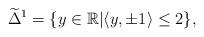
LaTeX: \begin{align*} \widetilde{\Delta}^1 =\{y\in\mathbb{R}|&\langle y,\pm1\rangle\leq2 \},\end{align*}